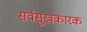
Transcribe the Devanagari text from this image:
सर्वसुखकारक